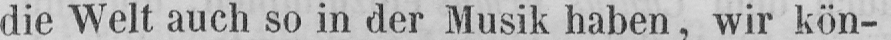
die Welt auch so in der Musik haben, wir kön-